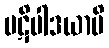
ပဋိပါဒယာမိ